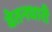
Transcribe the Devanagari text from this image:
वेतनधारी